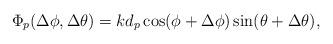
LaTeX: \begin{align*}\Phi _{p}(\Delta \phi ,\Delta \theta ) = kd_{p}\cos (\phi +\Delta \phi )\sin (\theta +\Delta \theta ) ,\end{align*}